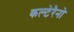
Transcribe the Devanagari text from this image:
कल्टेरैनो